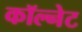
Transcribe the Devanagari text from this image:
कॉल्नेट